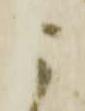
う